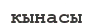
қынасы